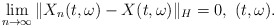
\begin{align*}\lim_{n\rightarrow\infty}\Vert X_n(t,\omega) - X(t,\omega)\Vert_H = 0 , \ (t,\omega).\end{align*}